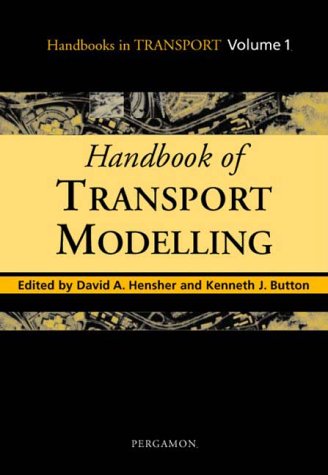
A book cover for Handbook of Transport Modelling (Handbooks in Transport); Engineering & Transportation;